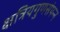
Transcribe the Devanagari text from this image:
क्षत्रियगुणसंपन्न